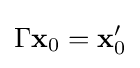
\Gamma \mathbf {x} _{0}=\mathbf {x} _{0}'